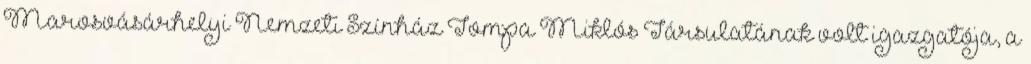
Marosvásárhelyi Nemzeti Színház Tompa Miklós Társulatának volt igazgatója, a